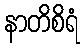
နာတိစိရံ